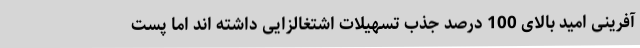
آفرینی امید بالای 100 درصد جذب تسهیلات اشتغالزایی داشته اند اما پست